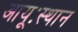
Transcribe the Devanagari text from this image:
आयूःस्थान